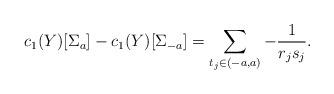
LaTeX: \begin{align*}c_1(Y)[\Sigma_a]-c_1(Y)[\Sigma_{-a}]=\sum_{t_j\in(-a,a)}-\frac{1}{r_js_j}.\end{align*}